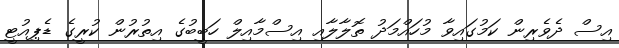
އިސް ދެވެރިން ކަމުގައިވާ މުހައްމަދު ތޮލާލާއި އިސްމާއިލް ހަބީބުގެ އިތުރުން ކުރީގެ ޑެޕިއުޓީ